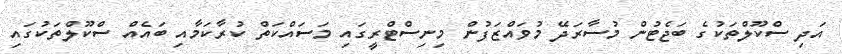
އަދި ސްކޫލްތަކުގެ ބަޖެޓުން މުސާރަދޭ މުވައްޒަފުން މިނިސްޓްރީގައި މަސައްކަތް ކުރާކަމާއި ބައެއް ސްކޫލްތަކުގައި